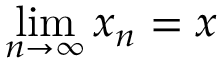
\operatorname* { l i m } _ { n \to \infty } x _ { n } = x